Annual report of the Central Committee of the Association together with the report of the directors of the Pasteur Institute at Kasauli
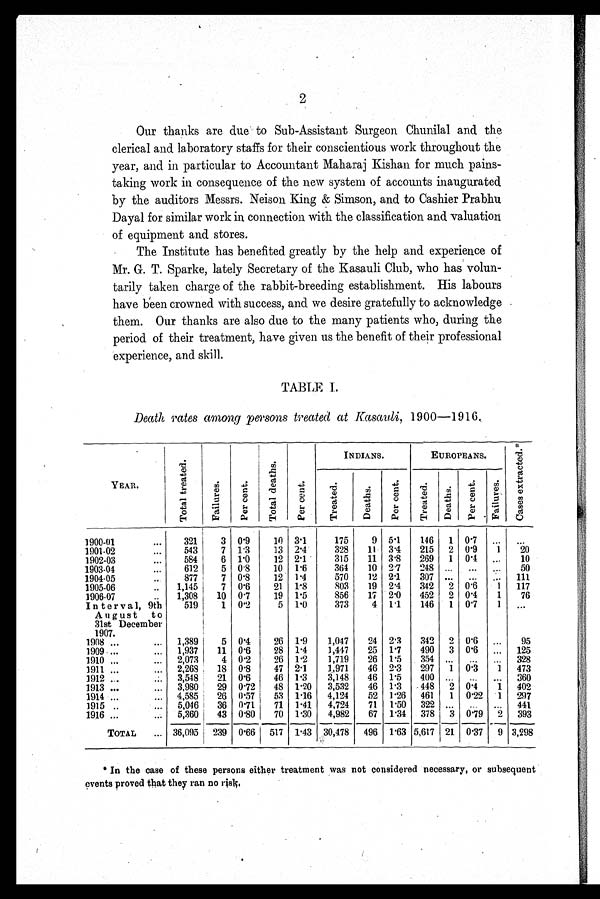
2
Our thanks are due to Sub-Assistant Surgeon Chunilal and the
clerical and laboratory staffs for their conscientious work throughout the
year, and in particular to Accountant Maharaj Kishan for much pains
- t a k i n g w o r k i n c o n s e q u e n c e o f t h e n e w s y s t e m o f a c c o u n t s i n a u g u r a t e d
by the auditors Messrs. Neison King & Simson, and to Cashier Prabhu
Dayal for similar work in connection with the classification and valuation
of equipment and stores.
The Institute has benefited greatly by the help and experience of
Mr. G. T. Sparke, lately Secretary of the Kasauli Club, who has volun
-tarily taken charge of the rabbit-breeding establishment. His labours
have been crowned with success, and we desire gratefully to acknowledge
them. Our thanks are also due to the many patients who, during the
period of their treatment, have given us the benefit of their professional
experience, and skill.
TABLE I.
Death rates among persons treated at Kasauli, 1900—1916.
Y E A R .
T o t a l t r e a t e d .
F a i l u r e s .
P e r c e n t .
T o t a l d e a t h s .
P e r c e n t .
INDIANS.
EUROPEANS.
C a s e s e x t r a c t e d . *
T r e a t e d .
D e a t h s .
P e r c e n t .
T r e a t e d .
D e a t h s .
P e r c e n t . F a i l u r e s .
1900-01 . . .
321 3 0.9 10 3.1 175 9 5.1 146 1 0. 7 . . .
. . .
1901-02 . . .
543 7 1.3 13 2. 4
328 11 3.4 215 2 0. 9 1 20
1902-03 . . .
584 6 1. 0 12 2.1 315 11 3.8 269 1 0. 4 . . . 10
1903-04 . . . 612 5 0.8 10 1.6 364 10 2.7 248 . . . . . .
. . . 50
1904-05 . . . 877 7 0.8 12 1.4 570 12 2.1 307 . . . . . . . . . 111
1905-06 . . . 1,145 7 0.6 21 1.8 803 19 2.4 342 2 0.6 1 117
1906-07 . . . 1,308 10 0.7 19 1.5 856 17 2.0 452 2 0. 4 1 76
Interval, 9th
August to
31st December
1907.
519 1 0.2 5 1.0 373 4 1.1 146 1 0.7 1
. . .
1908 . . .
1,389 5 0.4 26 1.9 1,047 24 2.3 342 2 0. 6 . . . 95
1909 . . .
1,937 11 0.6 28 1.4 1,447 25 1 . 7 490 3 0.6 . . . 125
1910 . . .
2,073 4 0.2 26 1.2 1,719 26 1.5 354 . . . . . . . . . 328
1911 . . .
2,268 18 0.8 47 2.1 1,971 46 2.3 297 1 0.3 1 473
1912 . . .
3,548 21 0.6 46 1.3 3,148 46 1.5 400 . . . . . .
. . . 360
1913 . . .
3,980 29 0.72 48 1.20 3,532 46 1.3 448 2 0. 4 1 402
1914 . . .
4,585 26 0.57 53 1.16 4,124 52 1.26 461 1 0.22 1 297
1915 . . .
5,046 36 0.71 71 1.41 4,724 71 1.50 322 . . . . . . . . . 441
1916 . . .
5,360 43 0.80 70 1.30 4,982 67 1.34 378 3 0.79 2 393
TOTAL . . . 36,095 239 0.66 517 1.43 30,478 496 1.63 5,617 21 0.37 9 3,298
* In the case of these persons either treatment was not considered necessary, or subsequent
events proved that they ran no risk.